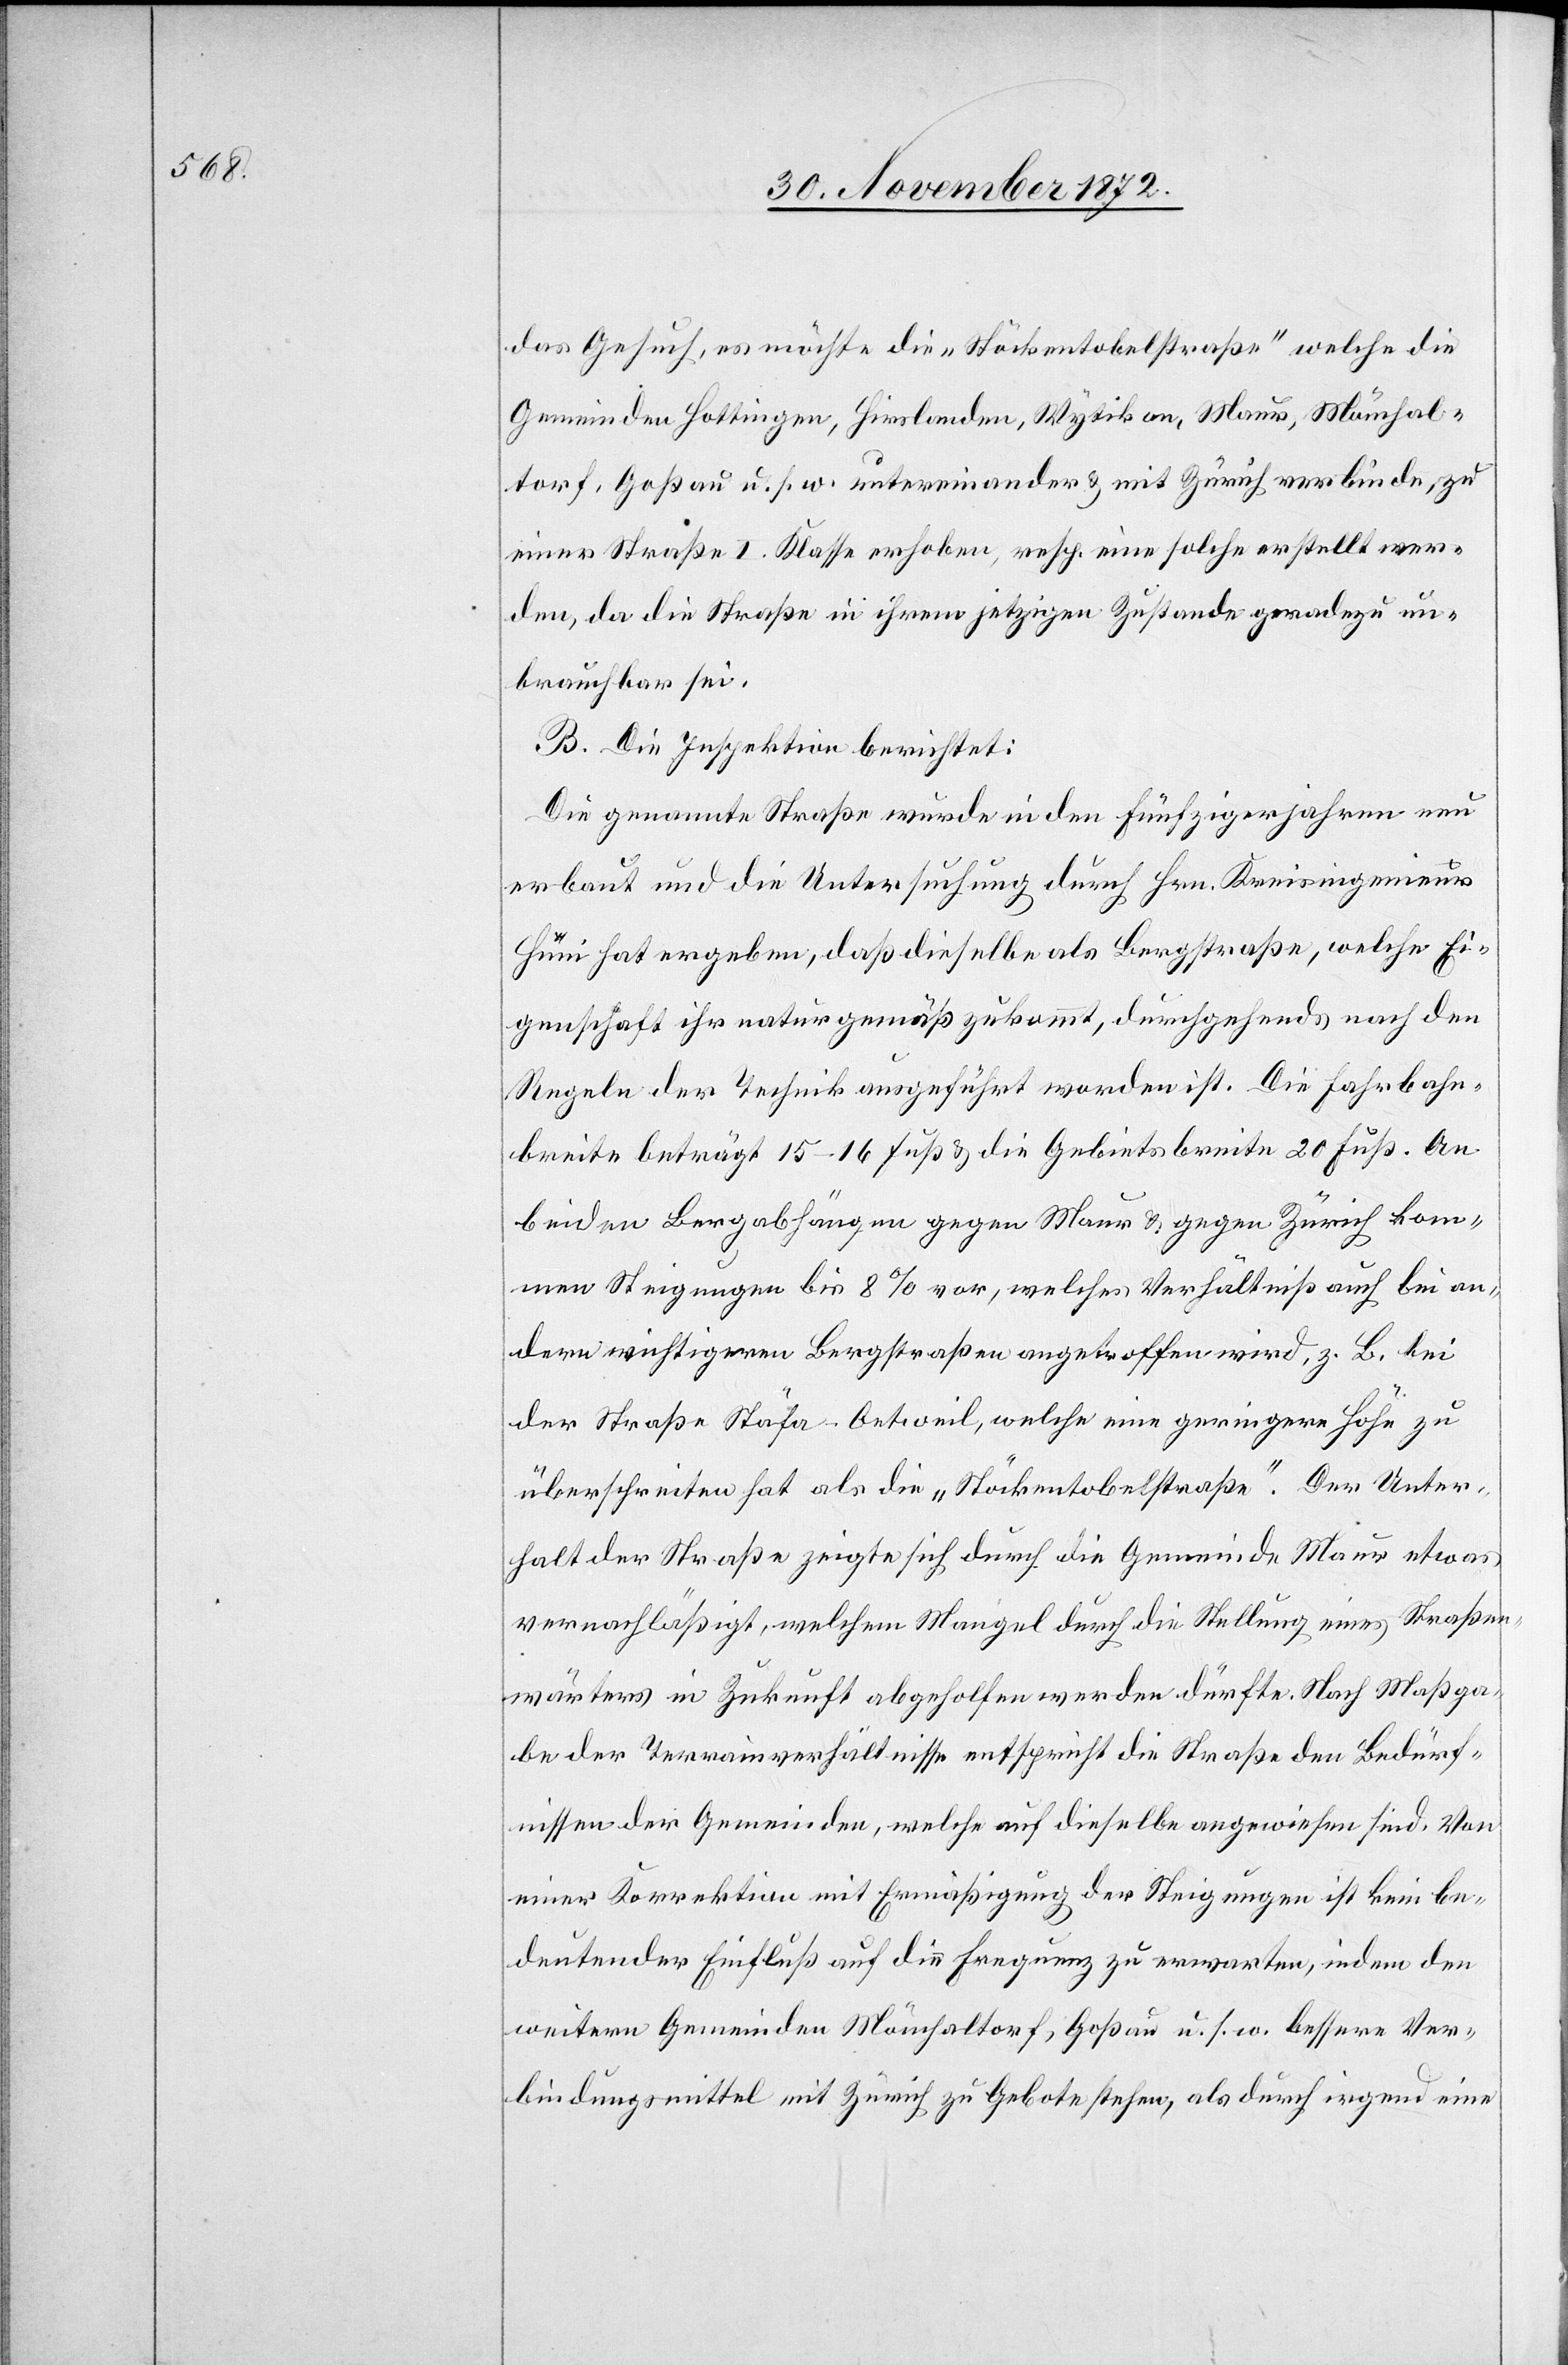
das Gesuch, es möchte die „Stöckentobelstraße“ welche die
Gemeinden Hottingen, Hirslanden, Wytikon, Maur, Mönchal¬
torf, Goßau u. s. w. untereinander u. mit Zürich verbinde, zu
einer Straße I. Klasse erhoben, resp. eine solche erstellt wer¬
den, da die Straße in ihrem jetzigen Zustande geradezu un¬
brauchbar sei.
B. Die Inspektion berichtet:
Die genannte Straße wurde in den Fünfzigerjahren neu
erbaut und die Untersuchung durch Hrn. Kreisingenieur
Hüni hat ergeben, daß dieselbe als Bergstraße, welche Ei¬
genschaft ihr naturgemäß zukommt, durchgehend nach den
Regeln der Technik ausgeführt worden ist. Die Fahrbahn¬
breite beträgt 15–16 Fuß u. die Gebietsbreite 20 Fuß. An
beiden Bergabhängen gegen Maur u. gegen Zürich kom¬
men Steigungen bis 8% vor, welches Verhältniß auch bei an¬
dern wichtigeren Bergstraßen angetroffen wird, z. B. bei
der Straße Stäfa–Oetweil, welche eine geringere Höhe zu
überschreiten hat als die „Stöckentobelstraße“. Der Unter¬
halt der Straße zeigte sich durch die Gemeinde Maur etwas
vernachläßigt, welchem Mangel durch die Stellung eines Straßen¬
wärters in Zukunft abgeholfen werden dürfte. Nach Maßga¬
be der Terrainverhältnisse entspricht die Straße den Bedürf¬
nissen der Gemeinden, welche auf dieselbe angewiesen sind. Von
einer Korrektion mit Ermäßigung der Steigungen ist kein be¬
deutender Einfluß auf die Frequenz zu erwarten, indem den
weitern Gemeinden Mönchaltorf, Goßau u. s. w. bessere Ver¬
bindungsmittel mit Zürich zu Gebote stehen, als durch irgend eine